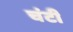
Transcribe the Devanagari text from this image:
चंटी